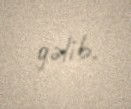
gəlib.